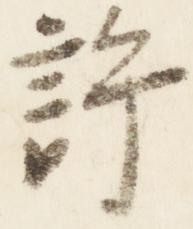
許